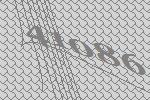
41086